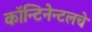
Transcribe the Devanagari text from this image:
कॉन्टिनेन्टलचे